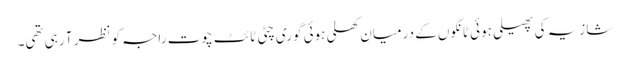
شازیہ کی پھیلی ہوئی ٹانگوں کے درمیان کھلی ہوئی گوری چٹی ٹائٹ چوت راجہ کو نظر آ رہی تھی۔